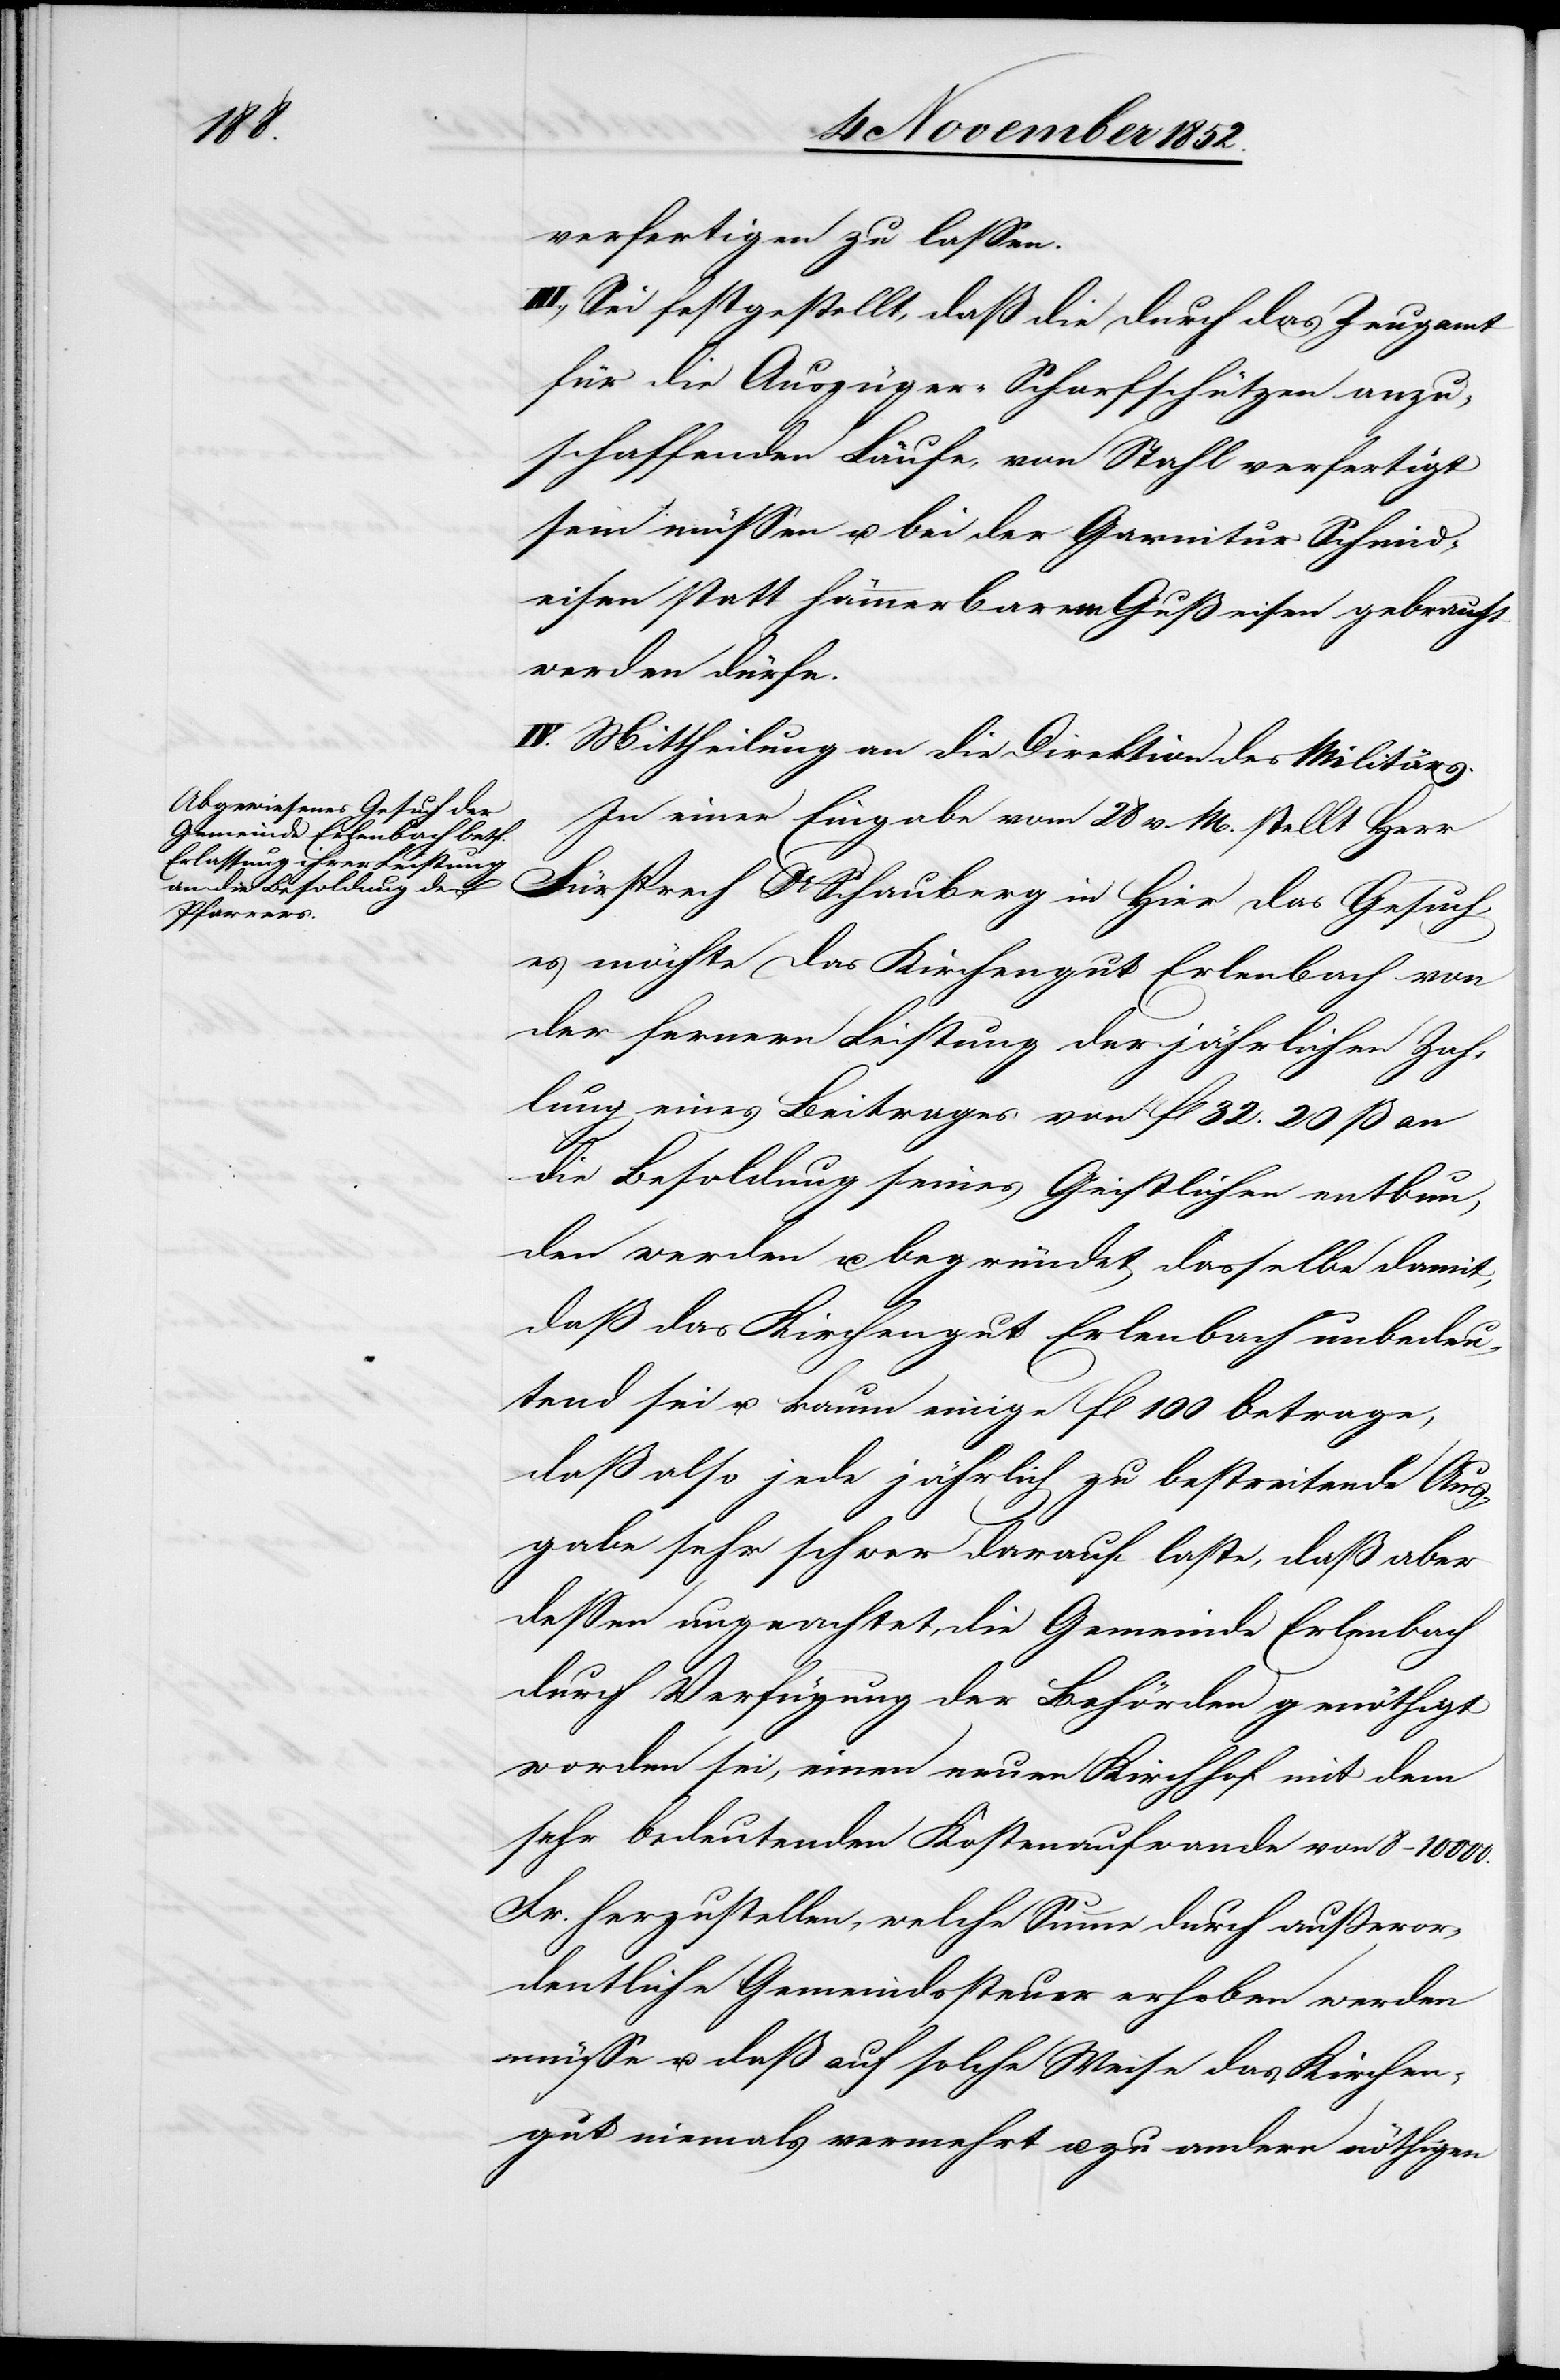
verfertigen zu lassen.
III., Sei festgestellt, daß die durch das Zeugamt
für die Auszüger-Scharfschützen anzu¬
schaffenden Läufe, von Stahl verfertigt
sein müssen u. bei der Garnitur Schmid¬
eisen statt hämmerbarem Gußeisen gebraucht
werden dürfe.
IV. Mittheilung an die Direktion des Militärs.
In einer Eingabe vom 28 v. M. stellt Herr
Fürsprech Dr Schauberg in Hier das Gesuch,
es möchte das Kirchengut Erlenbach von
der fernern Leistung der jährlichen Zah¬
lung eines Beitrages von fl 32. 20 ß an
die Besoldung seines Geistlichen entbun¬
den werden u. begründet dasselbe damit,
daß das Kirchengut Erlenbach unbedeu¬
tend sei u. kaum einige fl 100 betrage,
daß also jede jährlich zu bestreitende Aus¬
gabe sehr schwer darauf laste, daß aber
dessen ungeachtet, die Gemeinde Erlenbach
durch Verfügung der Behörden genöthigt
worden sei, einen neuen Kirchhof mit dem
sehr bedeutenden Kostenaufwande von 8–10 000.
Fr. herzustellen, welche Summe durch außeror¬
dentliche Gemeindssteuer erhoben werden
müsse u. daß auf solche Weise das Kirchen¬
gut niemals vermehrt u. zu andern nöthigen